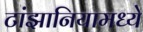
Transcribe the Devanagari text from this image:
टांझानियामध्ये